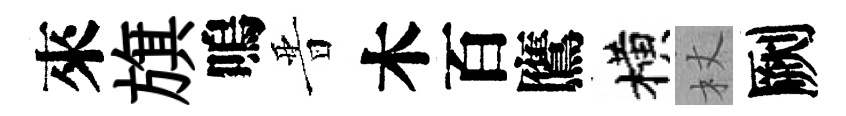
來旗嗚晋木百鷹横杖劂